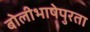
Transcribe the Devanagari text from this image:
बोलीभाषेपुरता